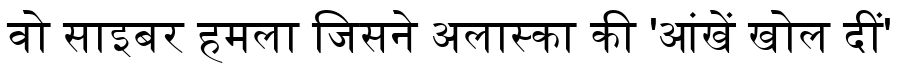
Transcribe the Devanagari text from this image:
वो साइबर हमला जिसने अलास्का की 'आंखें खोल दीं'